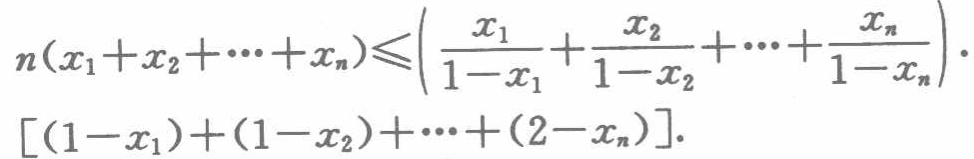
\[

n(x_1 + x_2 + \cdots + x_n) \leqslant \left(\frac{x_1}{1 - x_1} + \frac{x_2}{1 - x_2} + \cdots + \frac{x_n}{1 - x_n}\right) \cdot [(1 - x_1) + (1 - x_2) + \cdots + (2 - x_n)].

\]